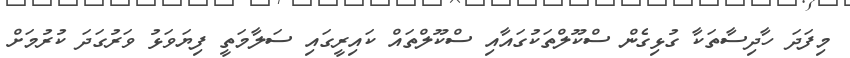
މިފަދަ ހާދިސާތަކާ ގުޅިގެން ސްކޫލްތަކުގައާއި ސްކޫލްތައް ކައިރީގައި ސަލާމަތީ ފިޔަވަޅު ވަރުގަދަ ކުރުމަށް